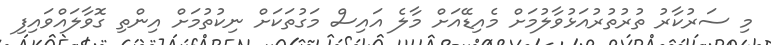
މި ސަރުކާރު ތުރުތުރުއަޅުވާލުމަށް މެއިޑޭއަށް މާލެ އައިސް މަގުތަކަށް ނިކުތުމަށް އިންތި ގޮވާލައްވައިފި